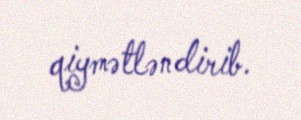
qiymətləndirib.